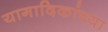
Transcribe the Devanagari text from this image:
यागादिकांच्या